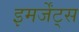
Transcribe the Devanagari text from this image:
इमर्जेंट्स